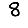
Digit: 8